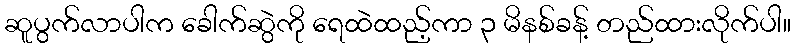
ဆူပွက်လာပါက ခေါက်ဆွဲကို ရေထဲထည့်ကာ ၃ မိနစ်ခန့် တည်ထားလိုက်ပါ။